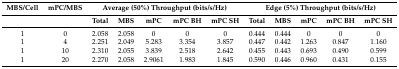
<table><thead><tr><td><b>MBS/Cell</b></td><td><b>mPC/MBS</b></td><td colspan="5"><b>Average (50%) Throughput (bits/s/Hz)</b></td><td colspan="5"><b>Edge (5%) Throughput (bits/s/Hz)</b></td></tr><tr><td></td><td></td><td><b>Total</b></td><td><b>MBS</b></td><td><b>mPC</b></td><td><b>mPC BH</b></td><td><b>mPC SH</b></td><td><b>Total</b></td><td><b>MBS</b></td><td><b>mPC</b></td><td><b>mPC BH</b></td><td><b>mPC SH</b></td></tr></thead><tbody><tr><td>1</td><td>0</td><td>2.058</td><td>2.058</td><td>0</td><td>0</td><td>0</td><td>0.444</td><td>0.444</td><td>0</td><td>0</td><td>0</td></tr><tr><td>1</td><td>4</td><td>2.251</td><td>2.049</td><td>5.283</td><td>3.354</td><td>3.857</td><td>0.447</td><td>0.442</td><td>1.263</td><td>0.847</td><td>1.160</td></tr><tr><td>1</td><td>10</td><td>2.310</td><td>2.055</td><td>3.839</td><td>2.518</td><td>2.642</td><td>0.455</td><td>0.443</td><td>0.693</td><td>0.490</td><td>0.599</td></tr><tr><td>1</td><td>20</td><td>2.270</td><td>2.058</td><td>2.9061</td><td>1.983</td><td>1.845</td><td>0.590</td><td>0.446</td><td>0.960</td><td>0.431</td><td>0.155</td></tr></tbody></table>